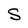
Character: S